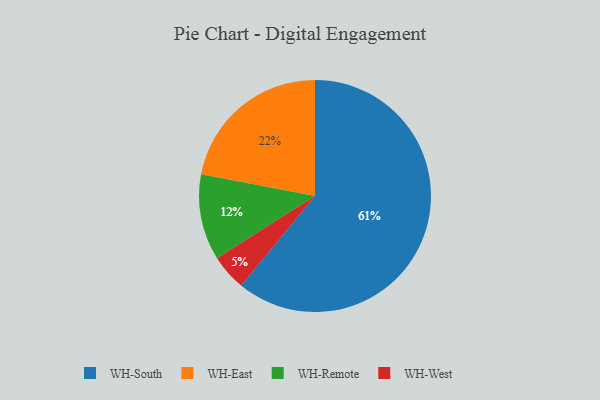
{"axis": {"x": "Category", "y": "Percentage"}, "legend": ["WH-East", "WH-Remote", "WH-South", "WH-West"], "data": [{"x": "WH-Remote", "y": 12, "type": "WH-Remote"}, {"x": "WH-South", "y": 61, "type": "WH-South"}, {"x": "WH-East", "y": 22, "type": "WH-East"}, {"x": "WH-West", "y": 5, "type": "WH-West"}]}